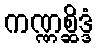
ကဏ္ဏစ္ဆိဒ္ဒံ